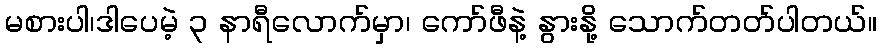
မစားပါ၊ဒါပေမဲ့ ၃ နာရီလောက်မှာ၊ ကော်ဖီနဲ့ နွားနို့ သောက်တတ်ပါတယ်။